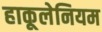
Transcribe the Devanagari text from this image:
हाकूलेनियम